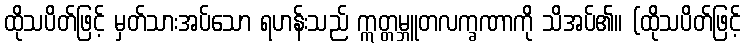
ထိုသပိတ်ဖြင့် မှတ်သားအပ်သော ရဟန်းသည် ဣတ္တမ္ဘူတလက္ခဏာကို သိအပ်၏။ (ထိုသပိတ်ဖြင့်